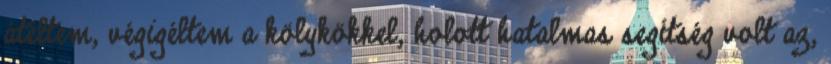
átéltem, végigéltem a kölykökkel, holott hatalmas segítség volt az,